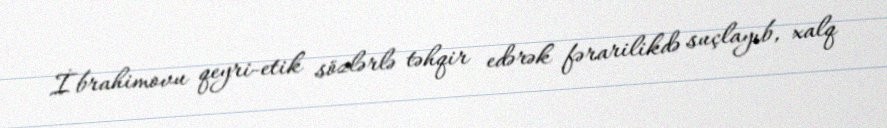
İbrahimovu qeyri-etik sözlərlə təhqir edərək fərarilikdə suçlayıb, xalq